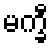
မက္ခီ